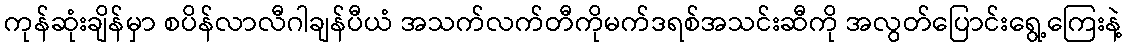
ကုန်ဆုံးချိန်မှာ စပိန်လာလီဂါချန်ပီယံ အသက်လက်တီကိုမက်ဒရစ်အသင်းဆီကို အလွတ်ပြောင်းရွေ့ကြေးနဲ့